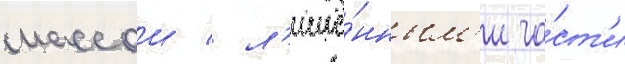
массои / л'ишё́нным'и ча́ст'и